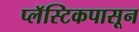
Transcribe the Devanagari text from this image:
प्लॅस्टिकपासून